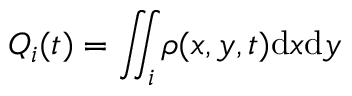
Q _ { i } ( t ) = \iint _ { i } \rho ( x , y , t ) \mathrm { d } x \mathrm { d } y